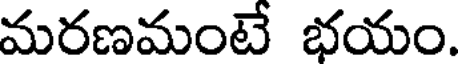
మరణమంటే భయం.